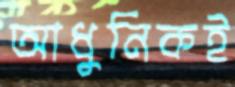
আধুনিকই